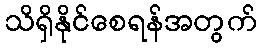
သိရှိနိုင်စေရန်အတွက်